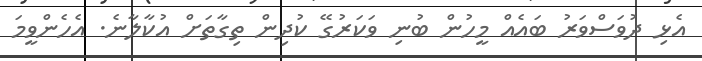
އެޅި ދުވަސްވަރު ބައެއް މީހުން ބުނި ވަކަރުގޭ ކުދިން ތިގާތަށް އުކާލާނެ. އެހެންވީމަ